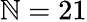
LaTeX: \mathbb{N}=21